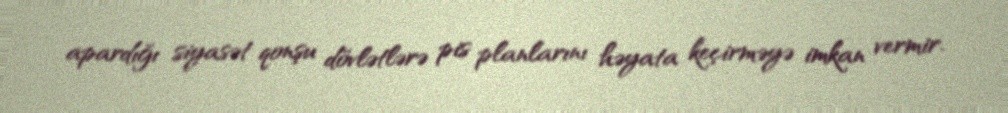
apardığı siyasət qonşu dövlətlərə pis planlarını həyata keçirməyə imkan vermir.